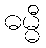
ဓမ္မီ